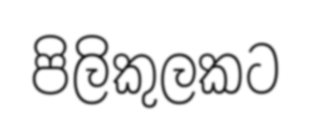
පිලිකුලකට